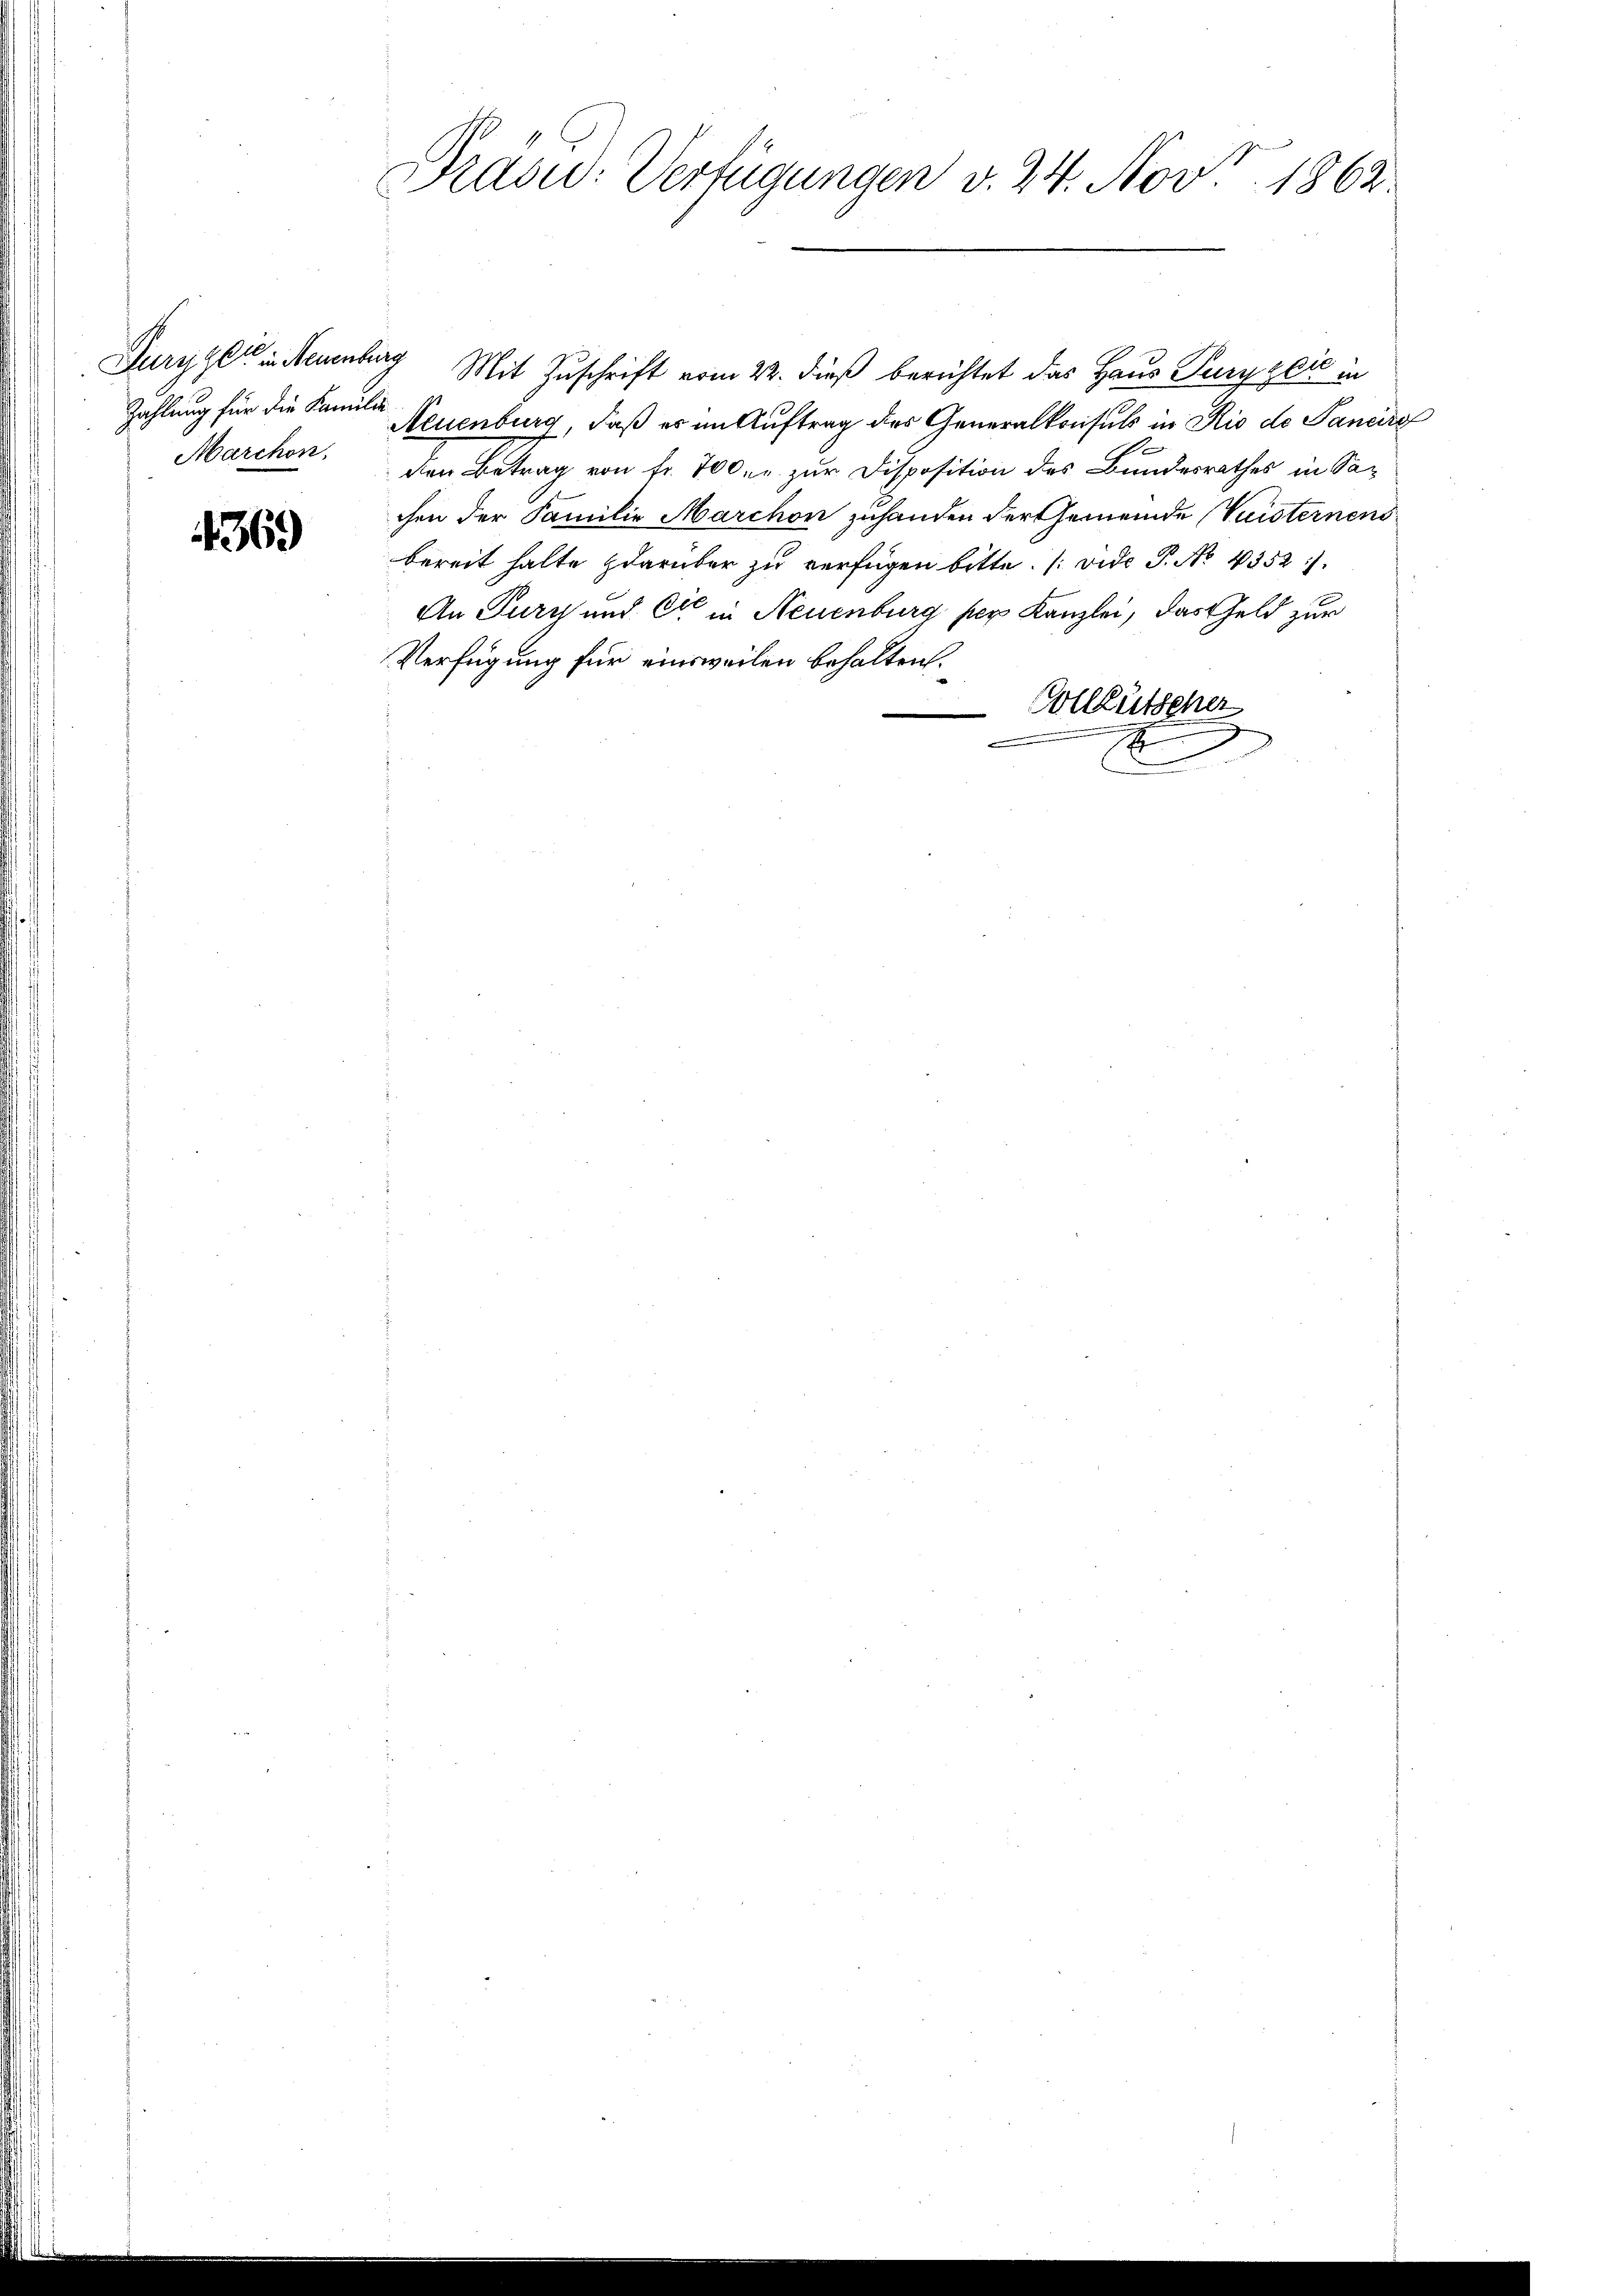
Zahlung für die Familie
Marchon.

4369

Präsid. Verfügungen v. 24. Nov. 1862.

Juryzer in Neuenburg Mit Zuschrift vom 22. dieß berichtet das Haus Turyzeić in
Neuenburg, daß er im Auftrag der Generalkonsuls in Rio de Pancire
den Betrag von fr. 700. r. zur Disposition des Bundesrathes in Sachen der Familie Marchon zuhanden der Gemeinde Weisternens
bereit halte darüber zu verfügen bitte. (vide P. No. 4352/
An Furch und Cie in Neuenburg per Kanzlei, das Geld zur
Verfügung für einsweilen behalten.
Colleütscher